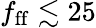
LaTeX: f_{\mathrm{ff}}\lesssim 25